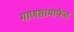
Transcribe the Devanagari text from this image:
माणसांमार्फत